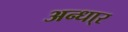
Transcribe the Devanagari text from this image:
अन्धा्र